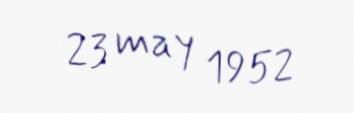
23 may 1952